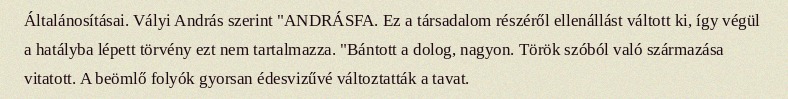
Általánosításai. Vályi András szerint "ANDRÁSFA. Ez a társadalom részéről ellenállást váltott ki, így végül a hatályba lépett törvény ezt nem tartalmazza. "Bántott a dolog, nagyon. Török szóból való származása vitatott. A beömlő folyók gyorsan édesvizűvé változtatták a tavat.